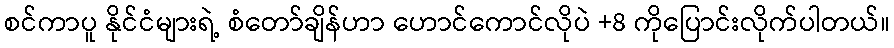
စင်ကာပူ နိုင်ငံများရဲ့ စံတော်ချိန်ဟာ ဟောင်ကောင်လိုပဲ +8 ကိုပြောင်းလိုက်ပါတယ်။